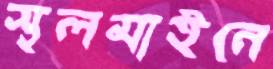
স্থলমাইনে